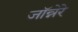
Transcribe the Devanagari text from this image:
जॉन्नेरे